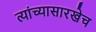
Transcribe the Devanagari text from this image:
त्यांच्यासारखेच